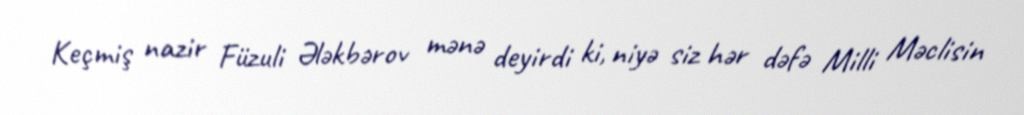
Keçmiş nazir Füzuli Ələkbərov mənə deyirdi ki, niyə siz hər dəfə Milli Məclisin